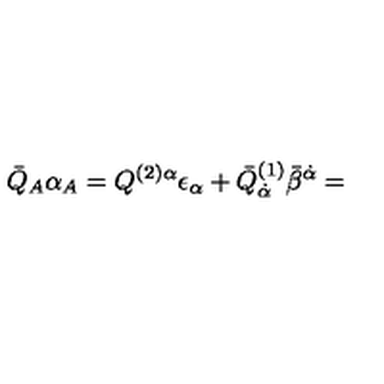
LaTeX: { \bar { Q } } _ { A } \alpha _ { A } = Q ^ { ( 2 ) \alpha } \epsilon _ { \alpha } + { \bar { Q } } _ { { \dot { \alpha } } } ^ { ( 1 ) } { \bar { \beta } } ^ { { \dot { \alpha } } } =